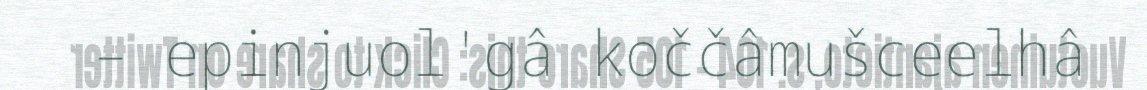
– epinjuol'gâ koččâmušceelhâ